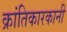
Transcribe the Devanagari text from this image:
क्रांतिकारकानी